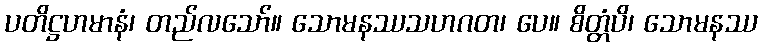
ပတိဋ္ဌဟမာနံ၊ တည်လသော်။ သောမနဿသဟဂတ၊ ပေ။ စိတ္တံပိ၊ သောမနဿ